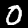
Label: 0